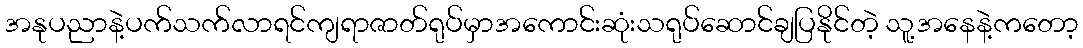
အနုပညာနဲ့ပက်သက်လာရင်ကျရာဇာတ်ရုပ်မှာအကောင်းဆုံးသရုပ်ဆောင်ချပြနိုင်တဲ့ သူ့အနေနဲ့ကတော့